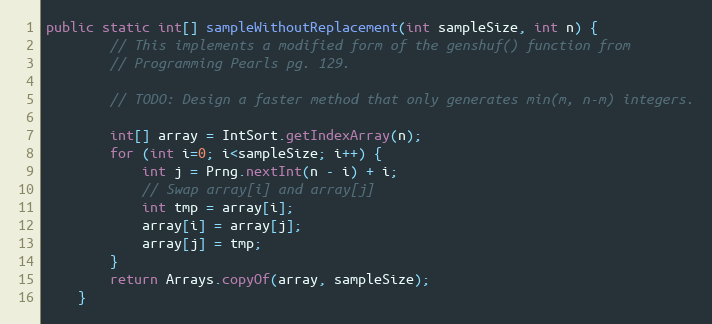
Language: Java
public static int[] sampleWithoutReplacement(int sampleSize, int n) {
        // This implements a modified form of the genshuf() function from
        // Programming Pearls pg. 129.

        // TODO: Design a faster method that only generates min(m, n-m) integers.

        int[] array = IntSort.getIndexArray(n);
        for (int i=0; i<sampleSize; i++) {
            int j = Prng.nextInt(n - i) + i;
            // Swap array[i] and array[j]
            int tmp = array[i];
            array[i] = array[j];
            array[j] = tmp;
        }
        return Arrays.copyOf(array, sampleSize);
    }